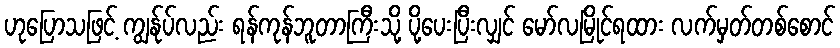
ဟုပြောသဖြင့် ကျွန်ုပ်လည်း ရန်ကုန်ဘူတာကြီးသို့ ပို့ပေးပြီးလျှင် မော်လမြိုင်ရထား လက်မှတ်တစ်စောင်